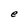
Character: e